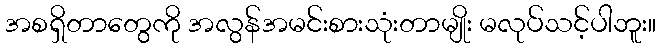
အစရှိတာတွေကို အလွန်အမင်းစားသုံးတာမျိုး မလုပ်သင့်ပါဘူး။